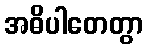
အဓိပါတေတွာ